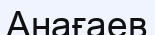
Анағаев